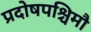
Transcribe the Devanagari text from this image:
प्रदोषपश्चिमौ